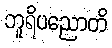
ဘူရိပညောတိ